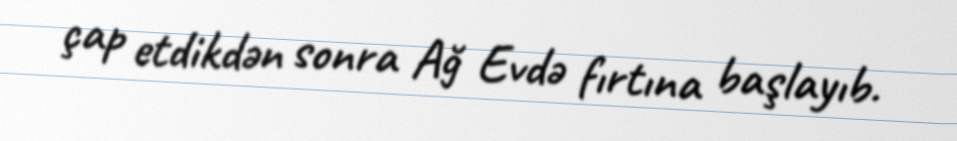
çap etdikdən sonra Ağ Evdə fırtına başlayıb.